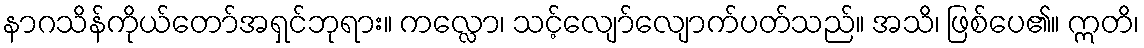
နာဂသိန်ကိုယ်တော်အရှင်ဘုရား။ ကလ္လော၊ သင့်လျော်လျောက်ပတ်သည်။ အသိ၊ ဖြစ်ပေ၏။ ဣတိ၊